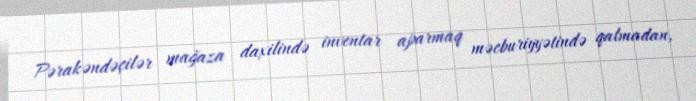
Pərakəndəçilər mağaza daxilində inventar aparmaq məcburiyyətində qalmadan,